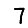
Digit: 7